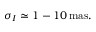
\sigma _ { I } \simeq 1 - 1 0 \, \mathrm { m a s } .